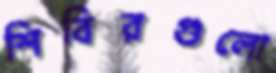
শিবিরগুলো